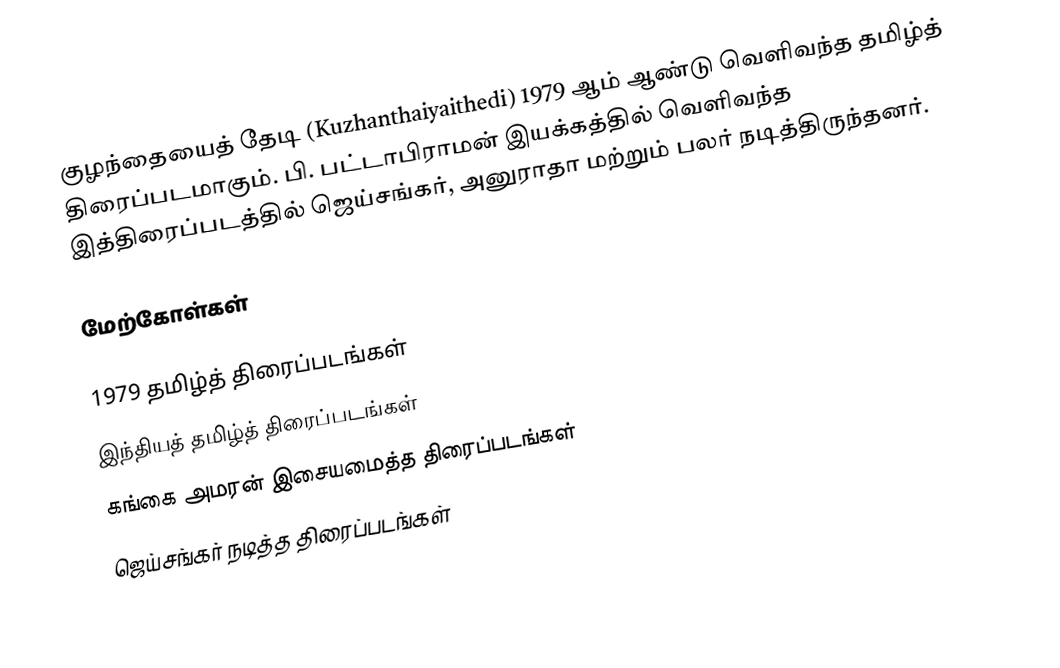
குழந்தையைத் தேடி (Kuzhanthaiyaithedi) 1979 ஆம் ஆண்டு வெளிவந்த தமிழ்த் திரைப்படமாகும். பி. பட்டாபிராமன் இயக்கத்தில் வெளிவந்த இத்திரைப்படத்தில் ஜெய்சங்கர், அனுராதா மற்றும் பலர் நடித்திருந்தனர்.

மேற்கோள்கள்

1979 தமிழ்த் திரைப்படங்கள்
இந்தியத் தமிழ்த் திரைப்படங்கள்
கங்கை அமரன் இசையமைத்த திரைப்படங்கள்
ஜெய்சங்கர் நடித்த திரைப்படங்கள்